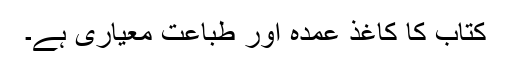
کتاب کا کاغذ عمدہ اور طباعت معیاری ہے۔